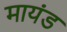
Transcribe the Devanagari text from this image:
मायंड